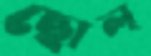
ছোল্‌